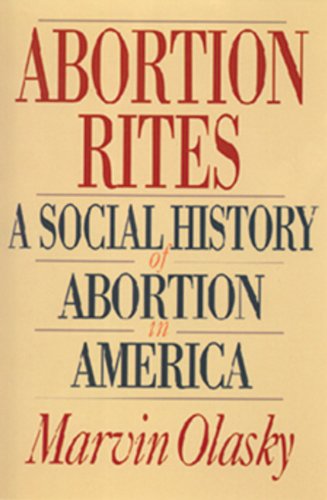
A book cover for Abortion Rites: A Social History of Abortion in America; Marvin Olasky; Politics & Social Sciences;